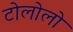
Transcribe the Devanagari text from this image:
टोलोलो